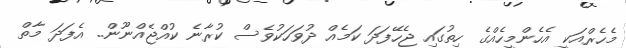
މެހެރްއަކީ އެހެންމީހެއްގެ ހިތުގައި ޖެހޭފަދަ ކަމެއް ދުވަހަކުވެސް ކުރާނެ ކުއްޖެއްނޫން.. އެފަދަ މާތް